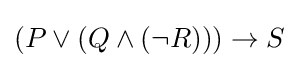
(P\vee (Q\land (\neg R)))\rightarrow S